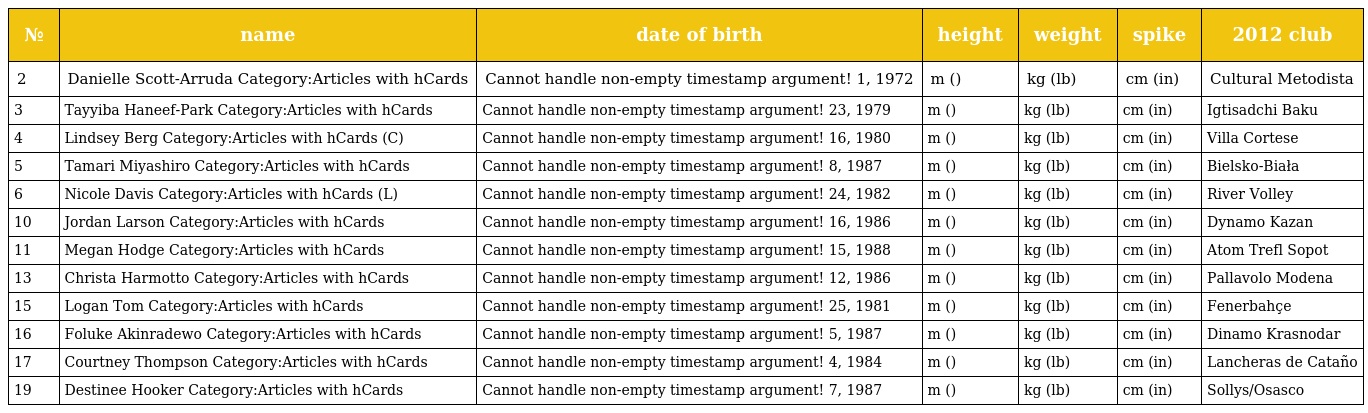
| № | name | date of birth | height | weight | spike | 2012 club |
 | --- | --- | --- | --- | --- | --- | --- |
 | 2 | Danielle Scott-Arruda Category:Articles with hCards | Cannot handle non-empty timestamp argument! 1, 1972 | m () | kg (lb) | cm (in) | Cultural Metodista |
 | 3 | Tayyiba Haneef-Park Category:Articles with hCards | Cannot handle non-empty timestamp argument! 23, 1979 | m () | kg (lb) | cm (in) | Igtisadchi Baku |
 | 4 | Lindsey Berg Category:Articles with hCards (C) | Cannot handle non-empty timestamp argument! 16, 1980 | m () | kg (lb) | cm (in) | Villa Cortese |
 | 5 | Tamari Miyashiro Category:Articles with hCards | Cannot handle non-empty timestamp argument! 8, 1987 | m () | kg (lb) | cm (in) | Bielsko-Biała |
 | 6 | Nicole Davis Category:Articles with hCards (L) | Cannot handle non-empty timestamp argument! 24, 1982 | m () | kg (lb) | cm (in) | River Volley |
 | 10 | Jordan Larson Category:Articles with hCards | Cannot handle non-empty timestamp argument! 16, 1986 | m () | kg (lb) | cm (in) | Dynamo Kazan |
 | 11 | Megan Hodge Category:Articles with hCards | Cannot handle non-empty timestamp argument! 15, 1988 | m () | kg (lb) | cm (in) | Atom Trefl Sopot |
 | 13 | Christa Harmotto Category:Articles with hCards | Cannot handle non-empty timestamp argument! 12, 1986 | m () | kg (lb) | cm (in) | Pallavolo Modena |
 | 15 | Logan Tom Category:Articles with hCards | Cannot handle non-empty timestamp argument! 25, 1981 | m () | kg (lb) | cm (in) | Fenerbahçe |
 | 16 | Foluke Akinradewo Category:Articles with hCards | Cannot handle non-empty timestamp argument! 5, 1987 | m () | kg (lb) | cm (in) | Dinamo Krasnodar |
 | 17 | Courtney Thompson Category:Articles with hCards | Cannot handle non-empty timestamp argument! 4, 1984 | m () | kg (lb) | cm (in) | Lancheras de Cataño |
 | 19 | Destinee Hooker Category:Articles with hCards | Cannot handle non-empty timestamp argument! 7, 1987 | m () | kg (lb) | cm (in) | Sollys/Osasco |